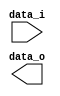
module Sign_Extend( data_i, data_o );

//I/O ports
input	[16-1:0] data_i;
output	[32-1:0] data_o;

//Internal Signals
wire	[32-1:0] data_o;

//Sign extended
/*your code here*/


endmodule